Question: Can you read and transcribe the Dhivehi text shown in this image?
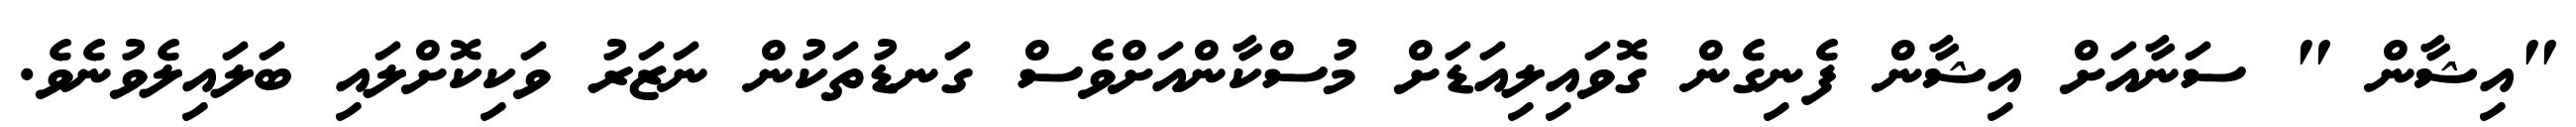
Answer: "އިޝާން " ސަނާއަށް އިޝާން ފެނިގެން ގޮވައިލިއަޑަށް މުސްކާންއަށްވެސް ގަނޑުތަކުން ނަޒަރު ވަކިކޮށްލައި ބަލައިލެވުނެވެ.